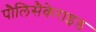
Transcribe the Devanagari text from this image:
पौलिसैकेराइड